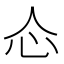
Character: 𰐼